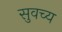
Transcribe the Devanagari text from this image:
सुवच्य